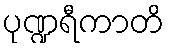
ပုဏ္ဍရီကာတိ